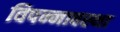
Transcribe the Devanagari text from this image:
विपन्नावस्था